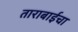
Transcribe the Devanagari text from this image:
ताराबाईचा